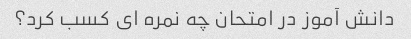
دانش آموز در امتحان چه نمره ای کسب کرد؟